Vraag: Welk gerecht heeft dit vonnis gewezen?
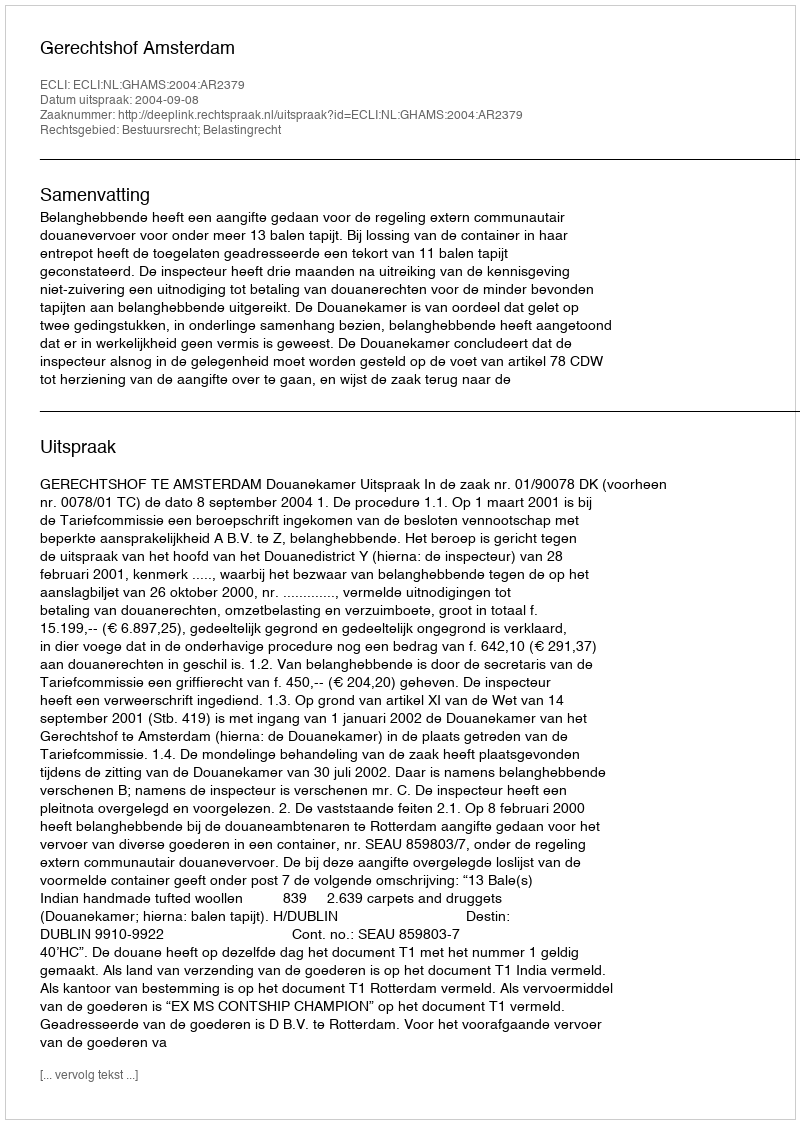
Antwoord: Gerechtshof Amsterdam